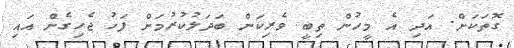
ގޮތަކަށް. އަދި އެ މީހުން ތިބީ ވެރިކަން ބަދަލުކުރުމަށް ފަހު ޖެހިގެން އައި